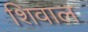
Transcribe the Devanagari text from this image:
शिवाल